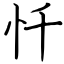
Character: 忏